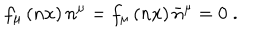
LaTeX: f _ { \mu } \left( n x \right) n ^ { \mu } = f _ { \mu } \left( n x \right) \bar { n } ^ { \mu } = 0 \; .